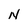
Character: N